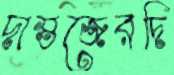
দাস্তজেরদি